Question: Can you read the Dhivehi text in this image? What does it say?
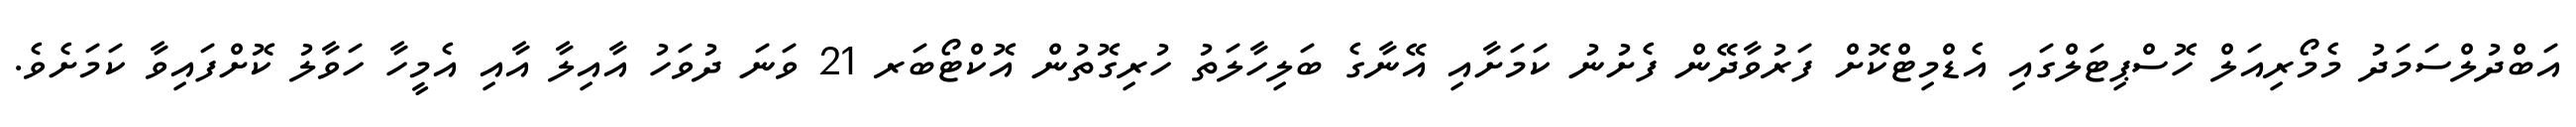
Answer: އަބްދުލްސަމަދު މެމޯރިއަލް ހޮސްޕިޓަލްގައި އެޑްމިޓްކޮށް ފަރުވާދޭން ފެށުނު ކަމަށާއި އޭނާގެ ބަލިހާލަތު ހުރިގޮތުން އޮކްޓޯބަރ 21 ވަނަ ދުވަހު އާއިލާ އާއި އެމީހާ ހަވާލު ކޮށްފައިވާ ކަމަށެވެ.